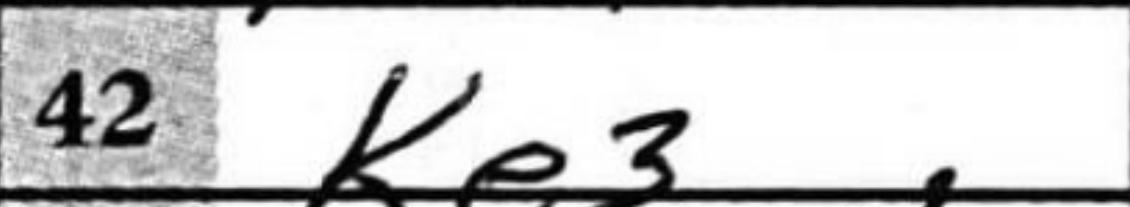
Transcription: Ke3